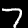
Label: 7